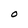
Character: O